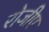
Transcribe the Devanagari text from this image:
रोजीए